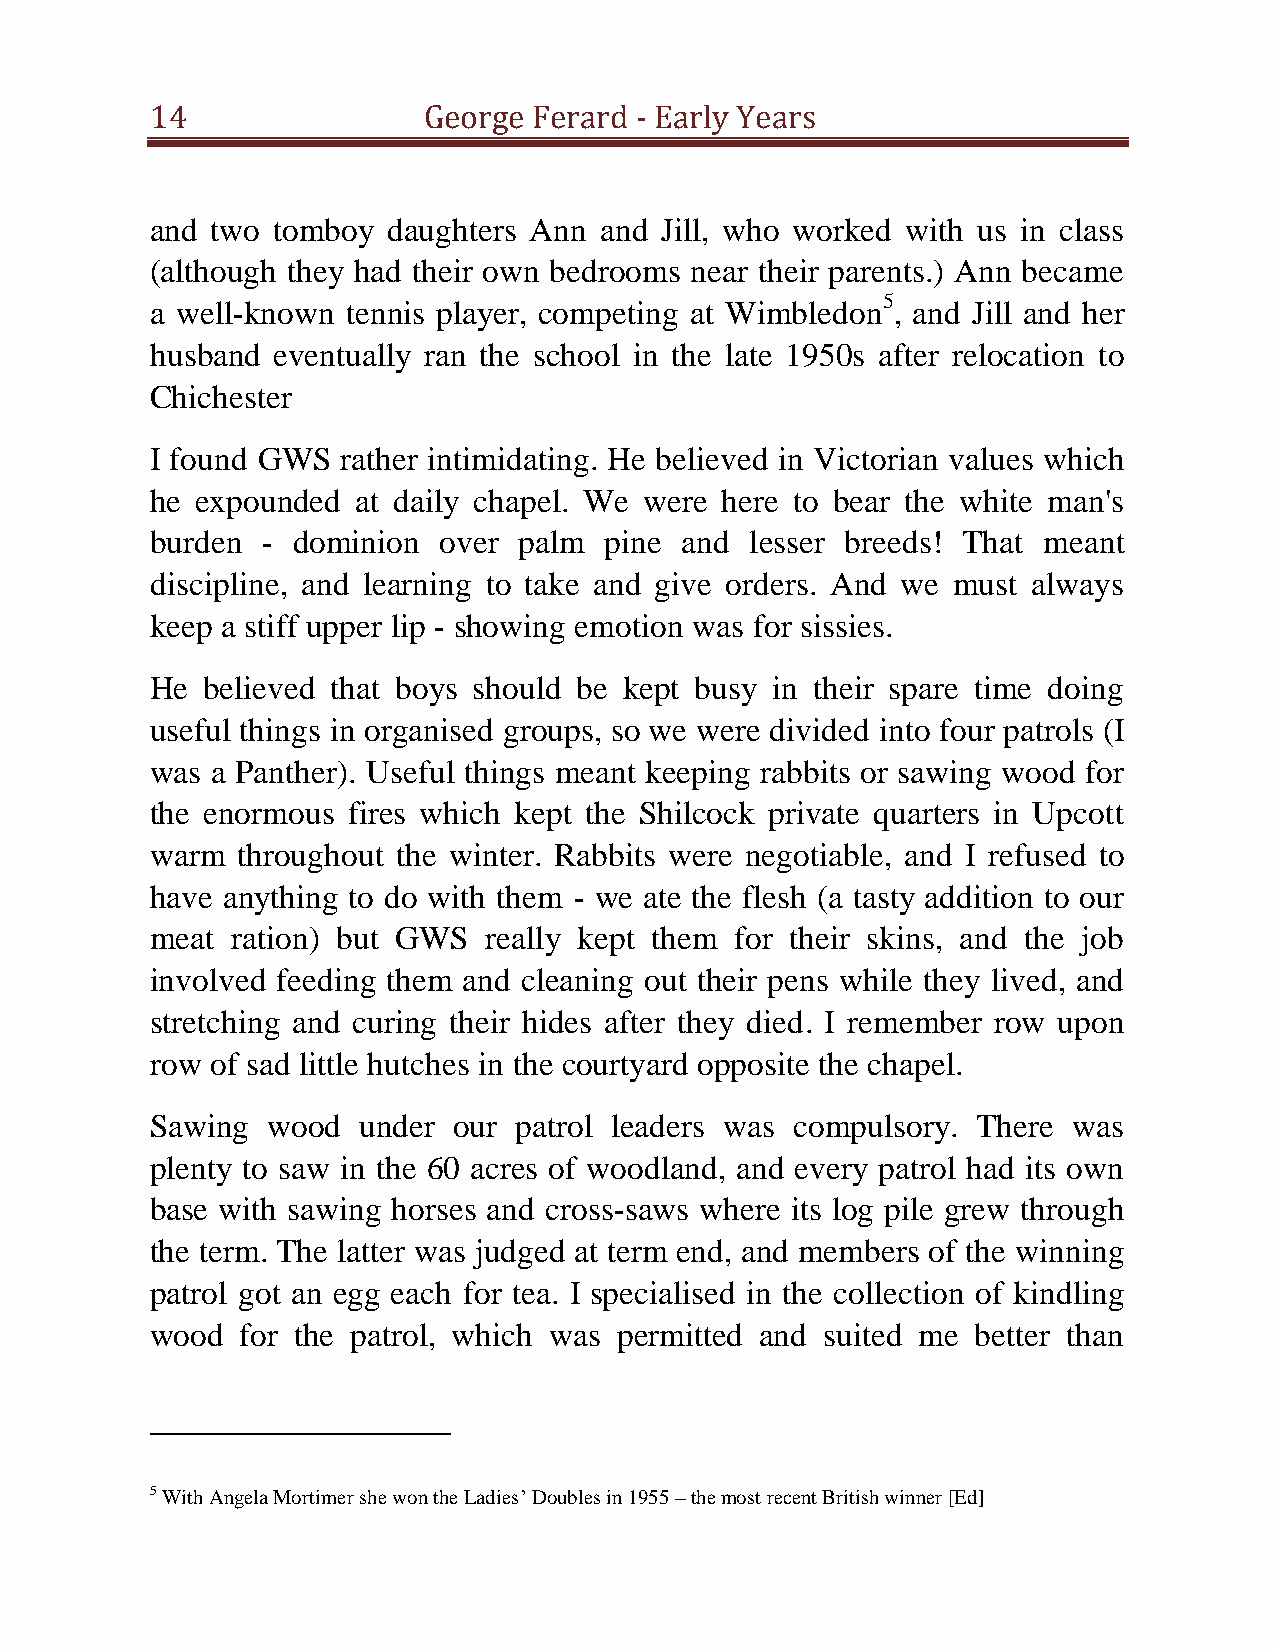
14                George Ferard - Early Years
 and two tomboy  daughters Ann and Jill, who worked with us in class
 (although they had their own bedrooms near their parents.) Ann became
 5
 a well-known tennis player, competing at Wimbledon , and Jill and her
 husband eventually ran the school in the late 1950s after relocation to
 Chichester
 I found GWS  rather intimidating. He believed in Victorian values which
 he expounded  at daily chapel. We were here to bear the white man's
 burden - dominion  over palm  pine and  lesser breeds! That meant
 discipline, and learning to take and give orders. And we must always
 keep a stiff upper lip - showing emotion was for sissies.
 He believed that boys should be kept busy in their spare time doing
 useful things in organised groups, so we were divided into four patrols (I
 was a Panther). Useful things meant keeping rabbits or sawing wood for
 the enormous fires which kept the Shilcock private quarters in Upcott
 warm  throughout the winter. Rabbits were negotiable, and I refused to
 have anything to do with them - we ate the flesh (a tasty addition to our
 meat ration) but GWS  really kept them for their skins, and the job
 involved feeding them and cleaning out their pens while they lived, and
 stretching and curing their hides after they died. I remember row upon
 row of sad little hutches in the courtyard opposite the chapel.
 Sawing  wood  under our patrol leaders was compulsory. There was
 plenty to saw in the 60 acres of woodland, and every patrol had its own
 base with sawing horses and cross-saws where its log pile grew through
 the term. The latter was judged at term end, and members of the winning
 patrol got an egg each for tea. I specialised in the collection of kindling
 wood  for the patrol, which was permitted and suited me better than
 5 With Angela Mortimer she won the Ladies’ Doubles in 1955 – the most recent British winner [Ed]